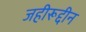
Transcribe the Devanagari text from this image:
जहीरूद्दीन